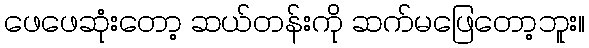
ဖေဖေဆုံးတော့ ဆယ်တန်းကို ဆက်မဖြေတော့ဘူး။